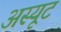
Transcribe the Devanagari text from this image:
अस्यूट